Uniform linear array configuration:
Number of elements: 4
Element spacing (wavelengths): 0.25
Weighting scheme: exponential
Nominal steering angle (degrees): -15
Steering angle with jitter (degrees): -15.561
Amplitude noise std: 0.05
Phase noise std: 0.05

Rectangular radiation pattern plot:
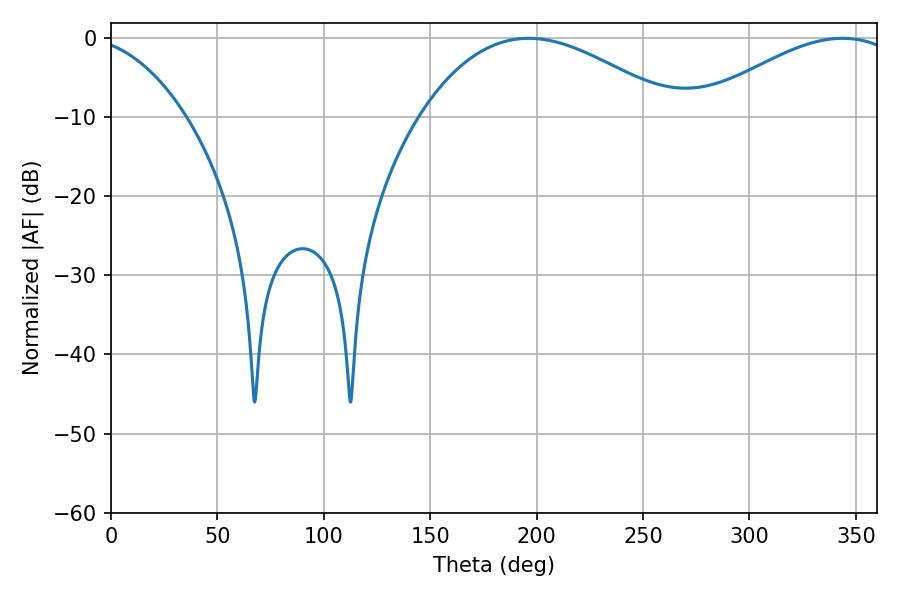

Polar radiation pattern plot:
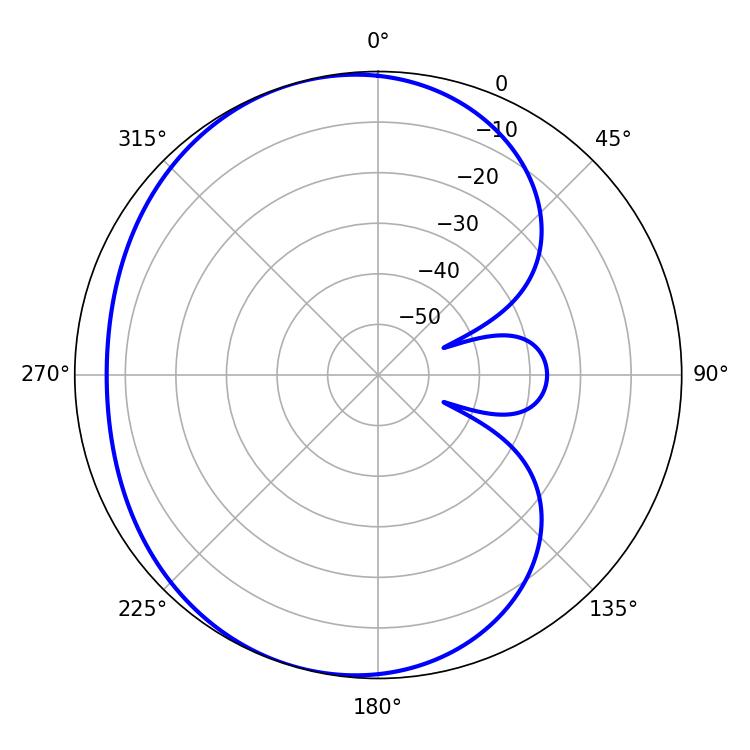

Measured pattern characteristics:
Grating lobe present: FALSE
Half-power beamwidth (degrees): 65.88
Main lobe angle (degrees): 196.2